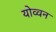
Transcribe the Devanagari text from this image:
योव्वन